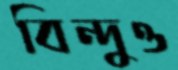
বিন্দুও